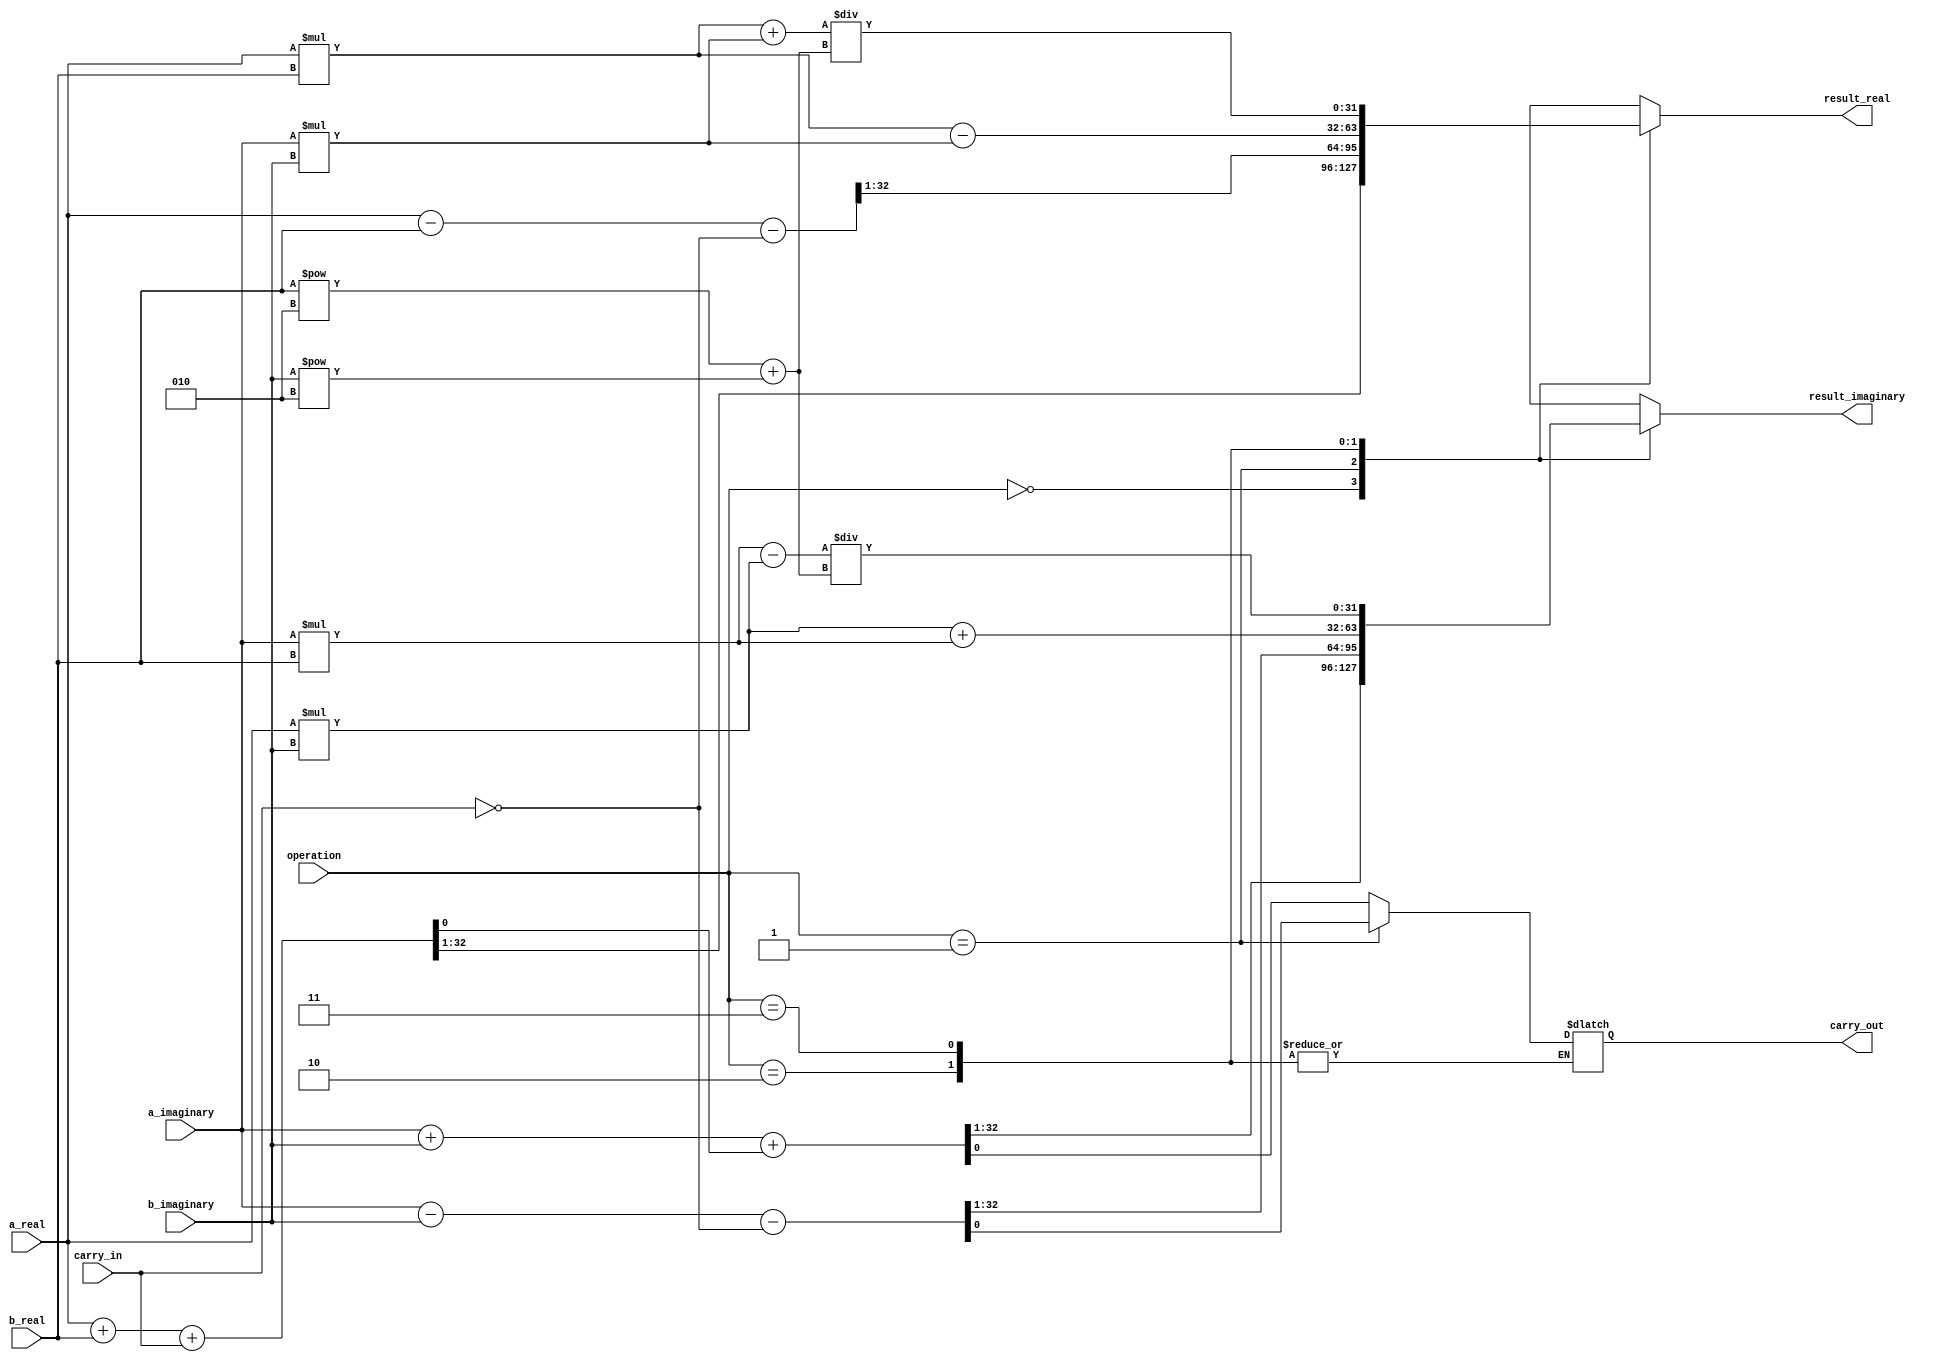
module ComplexALU (
    input [31:0] a_real,
    input [31:0] a_imaginary,
    input [31:0] b_real,
    input [31:0] b_imaginary,
    input [1:0] operation,
    input carry_in,
    output [31:0] result_real,
    output [31:0] result_imaginary,
    output carry_out
);

reg [31:0] result_real_tmp;
reg [31:0] result_imaginary_tmp;
reg carry_out_tmp;

always @(*) begin
    case(operation)
        2'b00: begin // Addition
            {result_real_tmp, carry_out_tmp} = a_real + b_real + carry_in;
            {result_imaginary_tmp, carry_out_tmp} = a_imaginary + b_imaginary + carry_out_tmp;
        end
        2'b01: begin // Subtraction
            {result_real_tmp, carry_out_tmp} = a_real - b_real - ~carry_in;
            {result_imaginary_tmp, carry_out_tmp} = a_imaginary - b_imaginary - ~carry_in;
        end
        2'b10: begin // Multiplication
            result_real_tmp = a_real * b_real - a_imaginary * b_imaginary;
            result_imaginary_tmp = a_real * b_imaginary + a_imaginary * b_real;
        end
        2'b11: begin // Division
            result_real_tmp = (a_real * b_real + a_imaginary * b_imaginary) / (b_real**2 + b_imaginary**2);
            result_imaginary_tmp = (a_imaginary * b_real - a_real * b_imaginary) / (b_real**2 + b_imaginary**2);
        end
        default: begin
            result_real_tmp = 32'h00000000;
            result_imaginary_tmp = 32'h00000000;
        end
    endcase
end

assign result_real = result_real_tmp;
assign result_imaginary = result_imaginary_tmp;
assign carry_out = carry_out_tmp;

endmodule